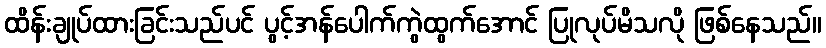
ထိန်းချုပ်ထားခြင်းသည်ပင် ပွင့်အန်ပေါက်ကွဲထွက်အောင် ပြုလုပ်မိသလို ဖြစ်နေသည်။